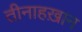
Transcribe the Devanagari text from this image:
तीनाहख़ान